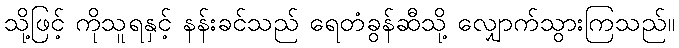
သို့ဖြင့် ကိုသူရနှင့် နန်းခင်သည် ရေတံခွန်ဆီသို့ လျှောက်သွားကြသည်။